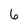
Character: 6